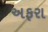
અફરા